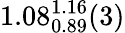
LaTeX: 1.08_{0.89}^{1.16}(3)